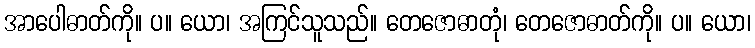
အာပေါဓာတ်ကို။ ပ။ ယော၊ အကြင်သူသည်။ တေဇောဓာတုံ၊ တေဇောဓာတ်ကို။ ပ။ ယော၊